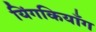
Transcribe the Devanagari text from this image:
यिंगकियाँग